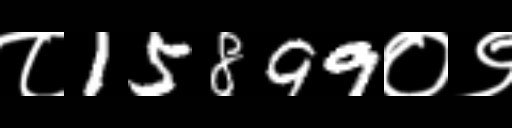
Text: ८15899०९